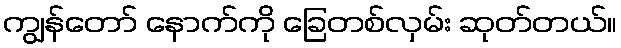
ကျွန်တော် နောက်ကို ခြေတစ်လှမ်း ဆုတ်တယ်။